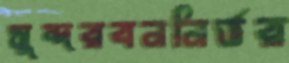
সুন্দরবননির্ভর